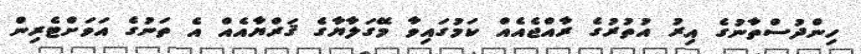
ހިންދުސްތާނުގެ އިރު އުތުރުގެ ރާއްޖެއެއް ކަމުގައިވާ މޭގަލާޔާގެ ޤަރްޔާއެއް އެ ތަނުގެ އަވަށްޓެރިން